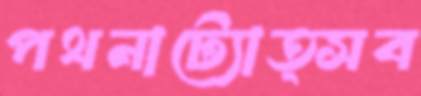
পথনাট্যোত্সব